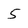
Character: 5